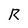
Character: R